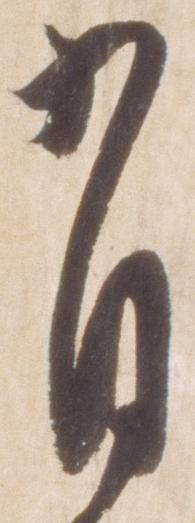
有